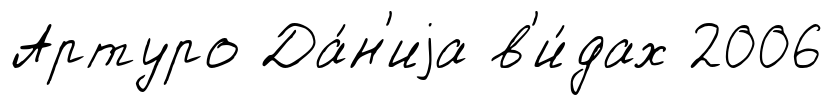
Артуро Да́н'иjа в'и́дах 2006